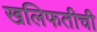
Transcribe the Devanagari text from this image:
खलिफतीची